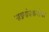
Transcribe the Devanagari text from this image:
पाडगांवकरांचा